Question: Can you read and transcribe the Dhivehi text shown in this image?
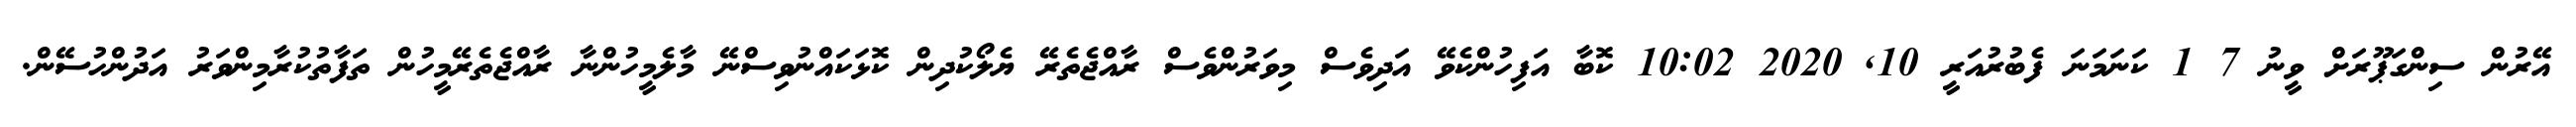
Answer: އޭރުން ސިންގަޕޫރަށް ވީނު 7 1 ކަނަމަނަ ފެބުރުއަރީ 10, 2020 10:02 ކޮބާ އަފިހުންކެވޭ އަދިވެސް މިވަރުންވެސް ރާއްޖެތެރޭ ޔެލޯކުދިން ކޮޅަކައްނުވިސްނޭ މާލެމީހުންނާ ރާއްޖެތެރޭމީހުން ތަފާތުކުރާމިންވަރު އަދުންހުސޭން.